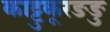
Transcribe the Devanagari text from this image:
काट्टुकूरङङु